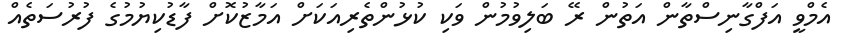
އެމްވީ އަފްގާނިސްތާން އަތުން ރޭ ބަލިވުމުން ވަކި ކުޅުންތެރިއަކަށް އަމާޒުކޮށް ފާޑުކިޔުމުގެ ފުރުސަތެއް